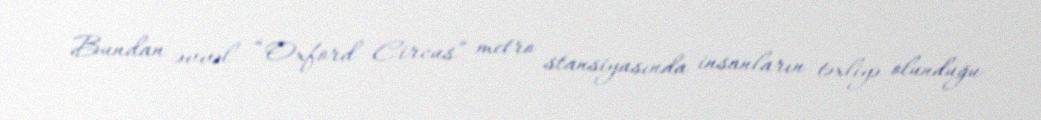
Bundan əvvəl “Oxford Circus” metro stansiyasında insanların təxliyə olunduğu